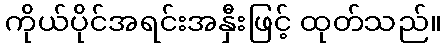
ကိုယ်ပိုင်အရင်းအနှီးဖြင့် ထုတ်သည်။